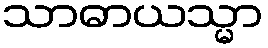
သာဓာယသ္မာ